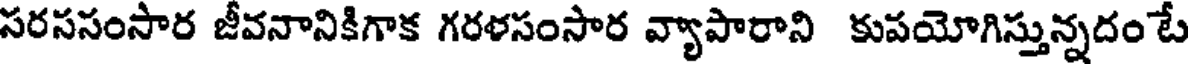
సరససంసార జీవనానికిగాక గరళసంసార వ్యాపారాని కుపయోగిస్తున్నదం టే